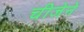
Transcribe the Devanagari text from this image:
चीजेने